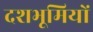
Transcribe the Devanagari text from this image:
दशभूमियों